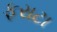
ફરાટા